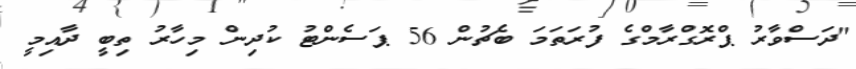
"ދަސްވާރު ޕްރޮގްރާމްގެ ފުރަތަމަ ބެޗުން 56 ޕަސެންޓު ކުދިން މިހާރު ތިބީ ދާއިމީ